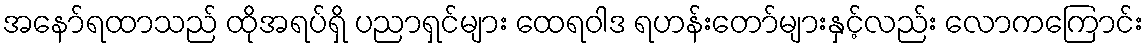
အနော်ရထာသည် ထိုအရပ်ရှိ ပညာရှင်များ ထေရဝါဒ ရဟန်းတော်များနှင့်လည်း လောကကြောင်း